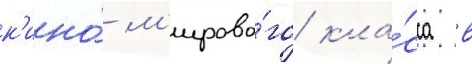
к'ино́ м'ирово́го кла́сса в